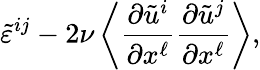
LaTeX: \widetilde{\varepsilon}^{ij}-2\nu\left\langle{\frac{\partial\tilde{u}^{i}}{\partial x^{\ell}}\frac{\partial\tilde{u}^{j}}{\partial x^{\ell}}}\right\rangle,